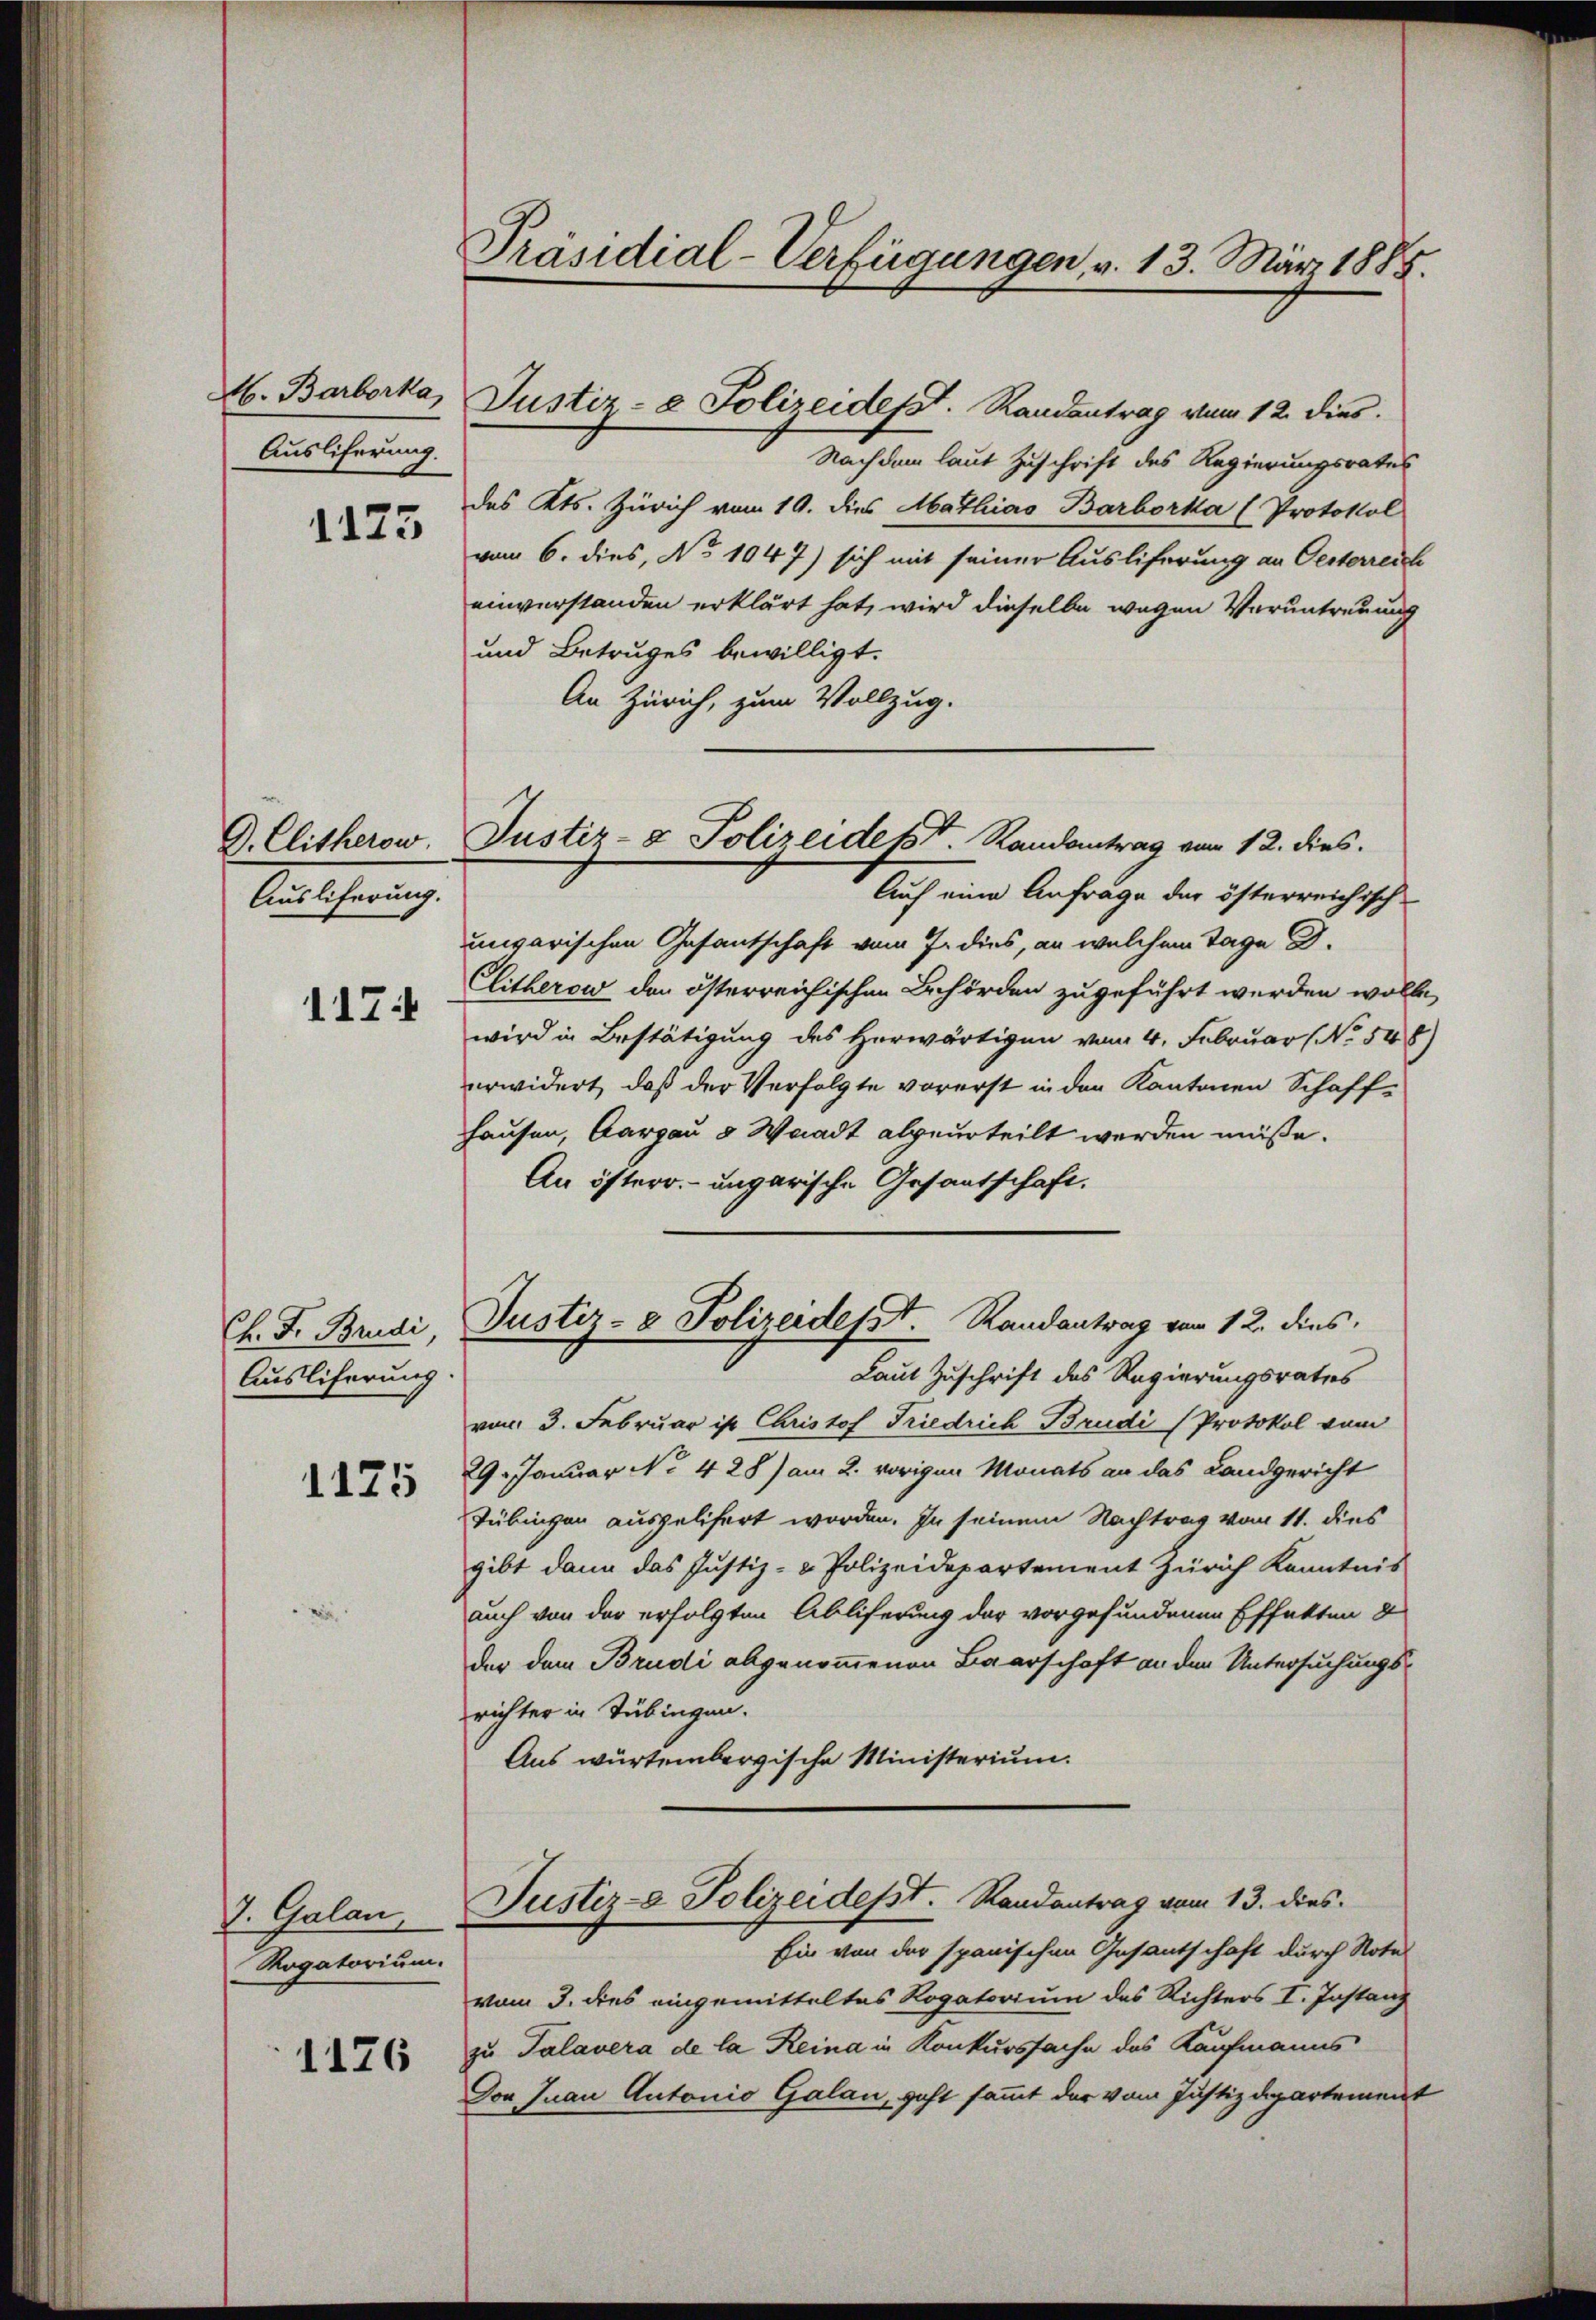
M. Barborka
Auslieferung.

1123

D. Elitherow
Anlehnung
117

Ch. F. Brudi
Ausliferung.

1125

7. Galan
Rogatorium.

1176

Präsidial-Verfügungen, v. 13. März 1885.

Justiz- & Polizeidesst. Randantrag vom 12. dies

Justiz- & Polizeident. Randantrag vom 12. dies.

Nach dem laut Zuschrift des Regierungsrates
des Kts. Zürich vom 19. dies Mathias Barborka (Protokol
vom 6. dies, No 1047) sich mit seiner Ausliferung an Oesterreich
einverstanden erklärt hat, wird dieselbe wegen Veruntreuung
und Betruges bewilligt.
An Zürich, zum Vollzug.
Auch eine Anfrage der österreichisch
ungarischen Gesantschaft vom J. dies, an welchem Tage d.
Clitherow den österreichischen Behörden zugeführt werden wolle.
wird in Bestätigung des Herwärtigen vom 4. Februar (No. 548
erwidert, daß der Verfolgte vorerst in den Kantonen Schaffhausen, Aargau 8 Waadt abgeurteilt werden müße.
An österr. ungarische Gesantschaft.
Justiz- & Polizeidesst. Randantrag vom 12. dies
Laut Zuschrift des Regierungsrates
vom 3. Februar ist Christof Friedrich Brudi (Protokol vom
29. Januar No 428) am 2. vorigen Monats an das Landgericht
Tübingen ausgelifert worden. In seinem Nachtrag vom 11. dies
gibt dann das Justiz- & Polizeidepartement Zürich Kenntnis
auch von der erfolgten Abliferung der vorgefundenen Effekten d
der dem Brudi abgenommenen Baarschaft an den Untersuchungsrichter in Tübingen.
Aus würtembergische Ministerium.
Justiz- & Polizeidest. Randantrag vom 13. dies¬
Ein von der spanischen Gesantschaft durch Note
vom 3. dies eingemitteltes Rogatorium des Richters I. Instanz
zu Talavera de la Reina in Konkurssache des Kaufmanns
Don Juan Autonio Galan, geht sammt der vom Justizdepartement